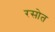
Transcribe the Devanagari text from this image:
रसोत